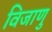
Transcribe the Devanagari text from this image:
विजाणु